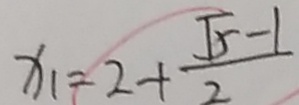
x _ { 1 } = 2 + \frac { \sqrt { 5 } - 1 } { 2 }